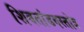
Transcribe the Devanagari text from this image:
शिवतांडवस्तोत्र